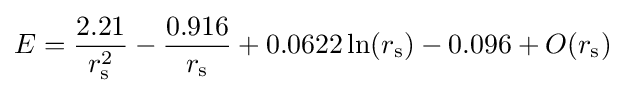
E={\frac {2.21}{r_{\rm {s}}^{2}}}-{\frac {0.916}{r_{\rm {s}}}}+0.0622\ln(r_{\rm {s}})-0.096+O(r_{\rm {s}})